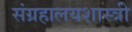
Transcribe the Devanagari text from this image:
संग्रहालयशास्त्री